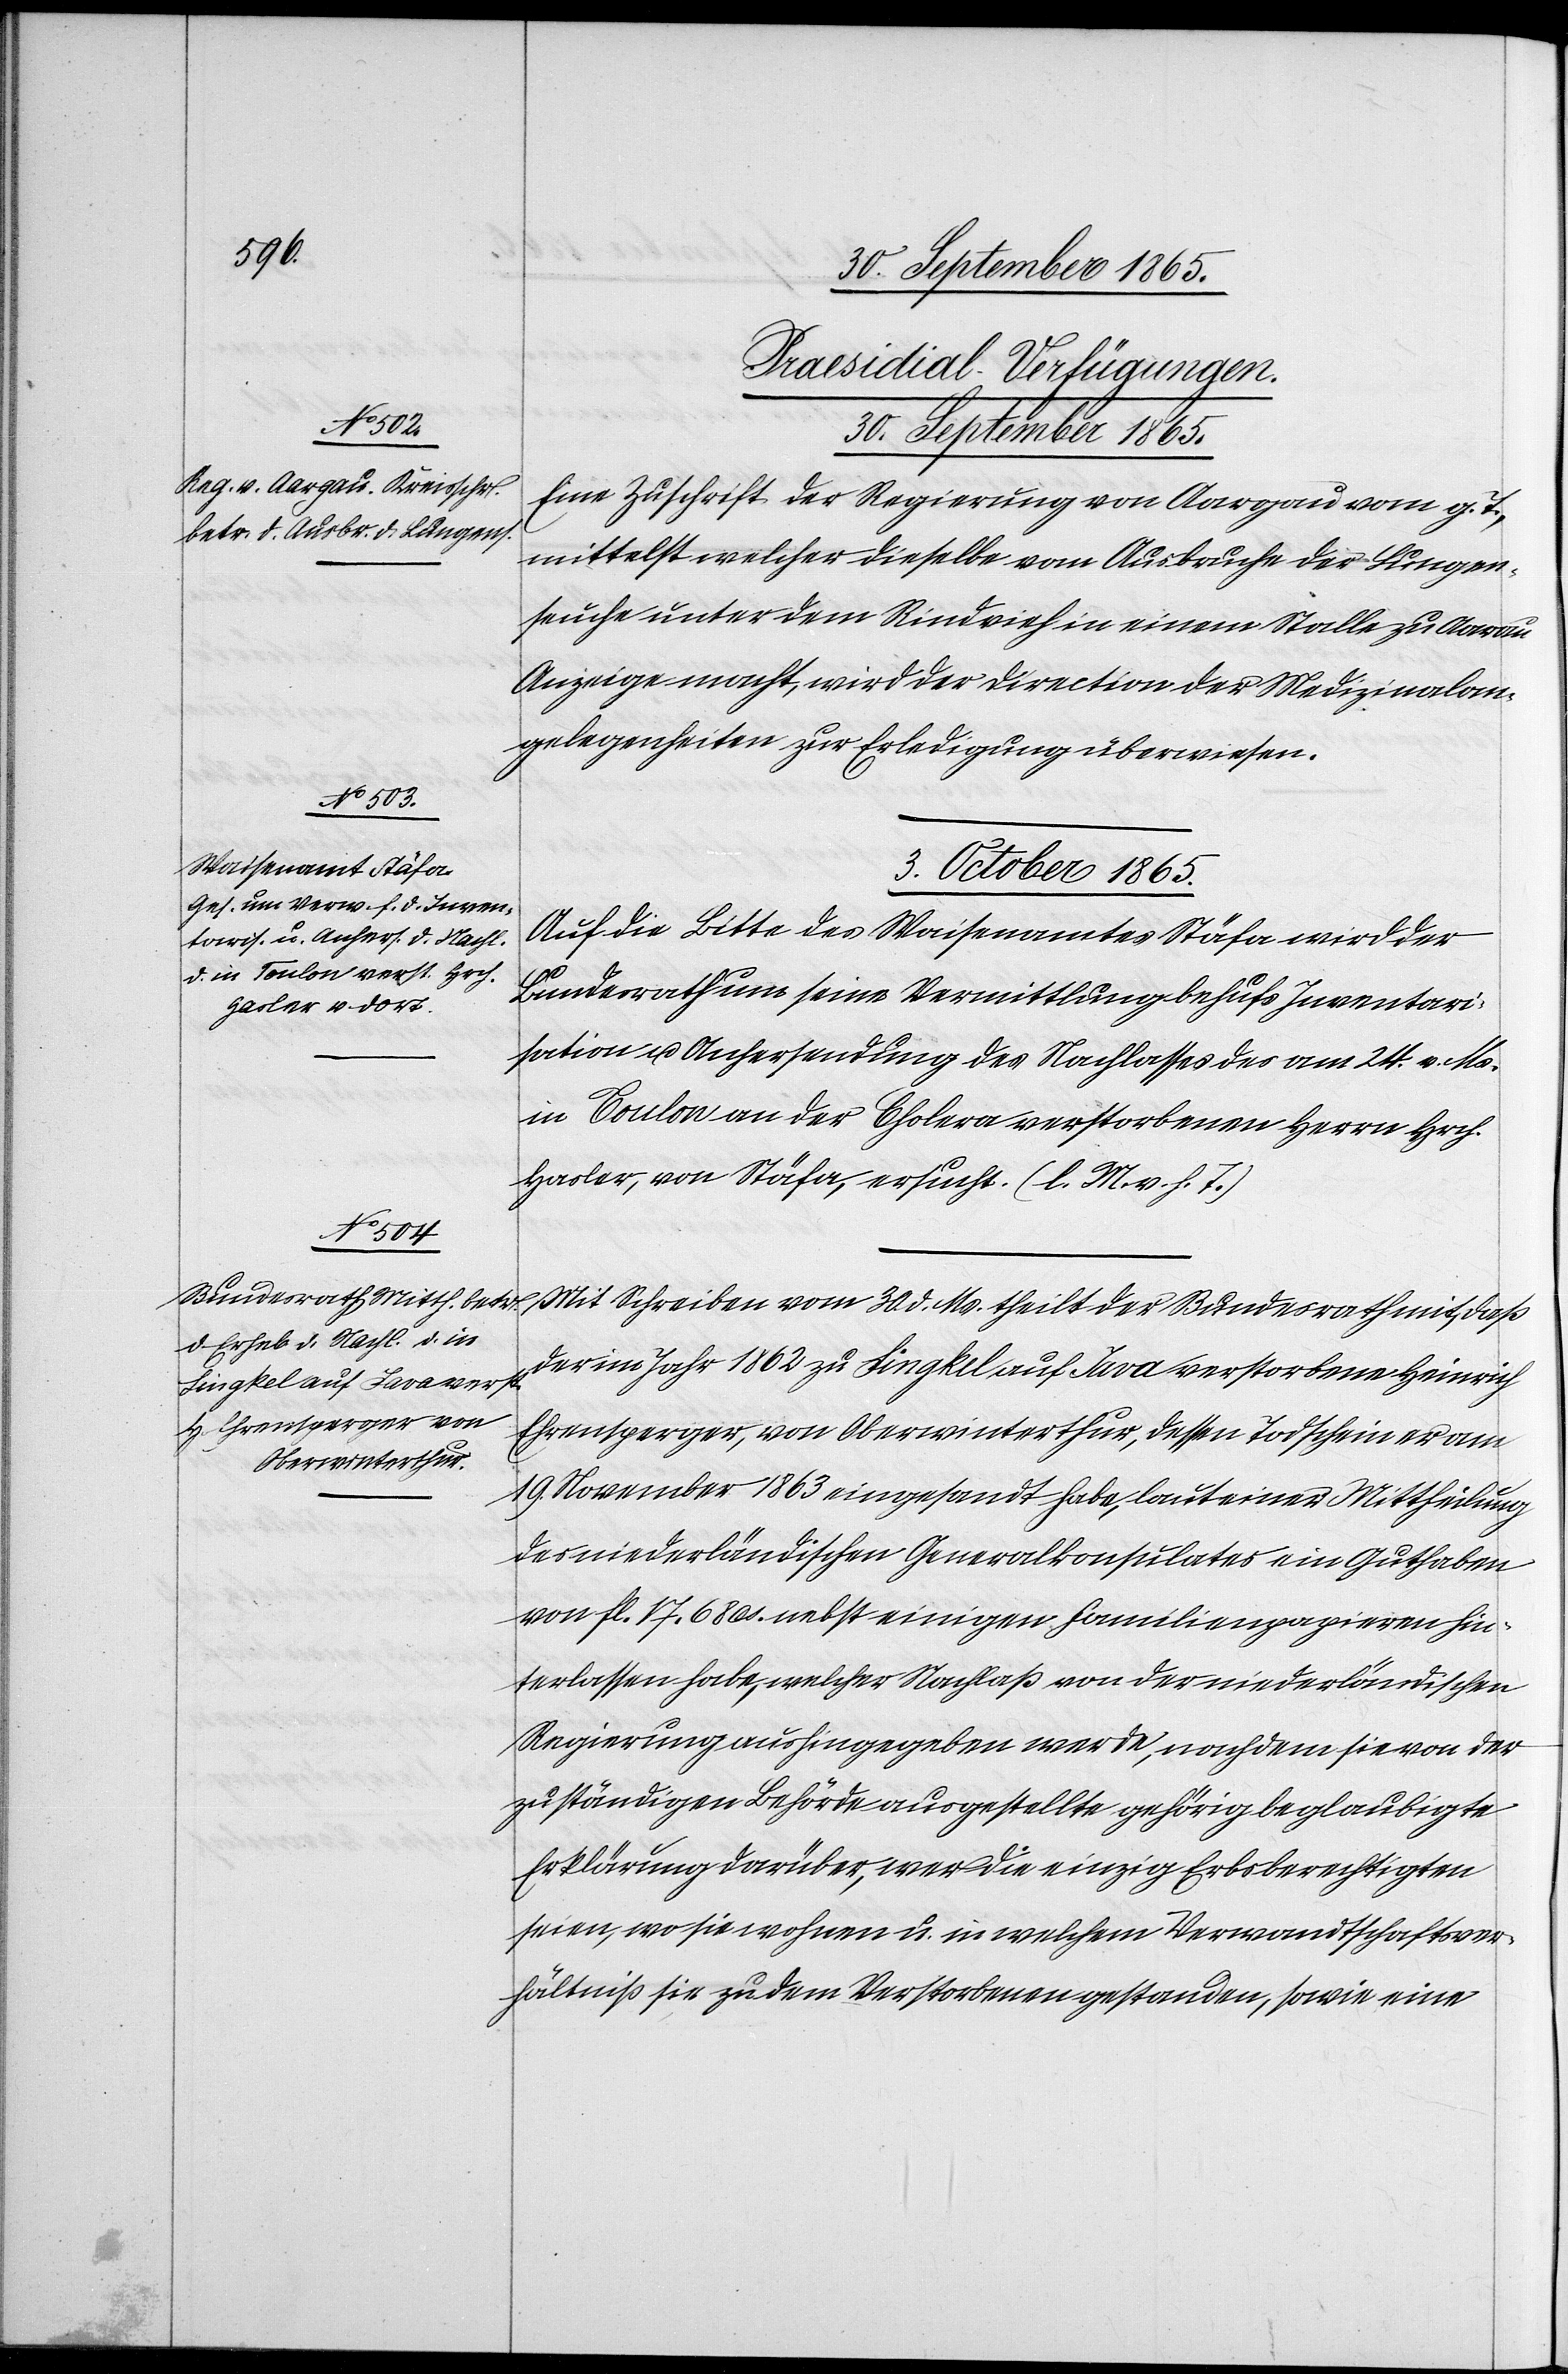
[Praesidial-Verfügungen.
30. September 1865.
Eine Zuschrift der Regierung von Aargau vom g. T.,
mittelst welcher dieselbe vom Ausbruche der Lungen¬
suche unter dem Rindvieh in einem Stalle zu Aarau
Anzeige macht, wird der Direction der Medizinalan¬
gelegenheiten zur Erledigung überwiesen.
3. October 1865.]
Auf die Bitte des Waisenamtes Stäfa wird der
Bundesrath um seine Vermittlung behufs Inventari¬
sation u. Anhersendung des Nachlasses des am 24. v. Mst.
in Coulon an der Cholera verstorbenen Herrn Hrch.
Hasler, von Stäfa, ersucht. (l. M. v. h. T.)
Mit Schreiben vom 30. d. Ms. [sic!] theilt der Bundesrath mit, daß
der im Jahr 1862 zu [?Singkel] auf Java verstorbene Heinrich
Ehrensperger, von Oberwinterthur, dessen Todschein er am
19. November 1863 eingesandt habe, laut einer Mittheilung
des niederländischen Generalkonsulates ein Guthaben
von fl. 17. 68 cs. nebst einigen Familienpapieren hin¬
terlassen habe, welcher Nachlaß von der niederländischen
Regierung aushingegeben werde, nachdem sie von der
zuständigen Behörde ausgestellte gehörig beglaubigte
Erklärung darüber, wer die einzig Erbsberechtigten
seien, wo sie wohnen u. in welchem Verwandtschaftsver¬
hältniß sie zu dem Verstorbenen gestanden, sowie eine